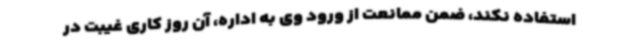
استفاده نکند، ضمن ممانعت از ورود وی به اداره، آن روز کاری غیبت در